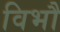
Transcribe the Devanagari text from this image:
विभौ